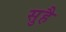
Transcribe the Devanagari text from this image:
सुहै